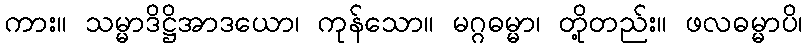
ကား။ သမ္မာဒိဋ္ဌိအာဒယော၊ ကုန်သော။ မဂ္ဂဓမ္မာ၊ တို့တည်း။ ဖလဓမ္မာပိ၊